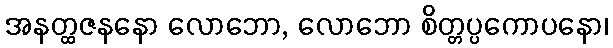
အနတ္ထဇနနော လောဘော, လောဘော စိတ္တပ္ပကောပနော၊